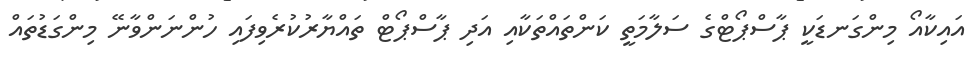
އައިކާއޯ މިންގަނޑަކީ ޕާސްޕޯޓްގެ ސަލާމަތީ ކަންތައްތަކާއި އަދި ޕާސްޕޯޓް ތައްޔާރުކުރެވިފައި ހުންނަންވާނޭ މިންގަޑުތައް